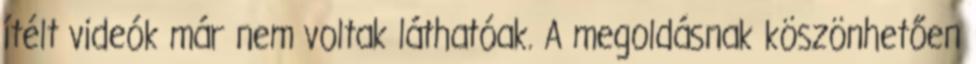
ítélt videók már nem voltak láthatóak. A megoldásnak köszönhetően